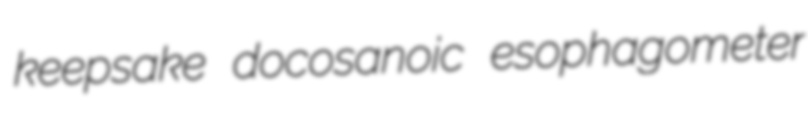
keepsake docosanoic esophagometer